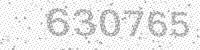
Solution: 630765